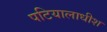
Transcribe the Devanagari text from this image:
पटियालाधीश